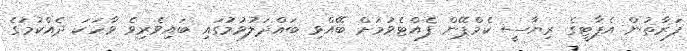
ފަރާތުން އެޕާޓީގެ ރިޔާސީ ކެމްޕޭން ފެއްޓެވުމަށް ބޭއްވި ބައްދަލުވުމުގައި ބައިވެރިވެ ވާހަކަ ދެއްކުމުގެ